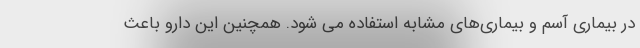
در بیماری آسم و بیماری‌های مشابه استفاده می شود. همچنین این دارو باعث